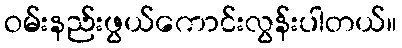
ဝမ်းနည်းဖွယ်ကောင်းလွန်းပါတယ်။